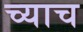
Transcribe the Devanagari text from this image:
च्याच